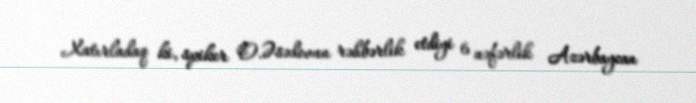
Xatırladaq ki, spiker O.Əsədovun rəhbərlik etdiyi 6 nəfərlik Azərbaycan